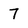
Character: 7